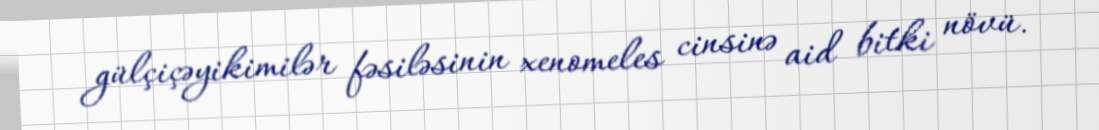
gülçiçəyikimilər fəsiləsinin xenomeles cinsinə aid bitki növü.